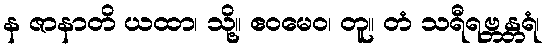
န ဇာနာတိ ယထာ၊ သို့။ ဧဝမေဝ၊ တူ။ တံ သရီရဗ္ဘန္တရံ၊